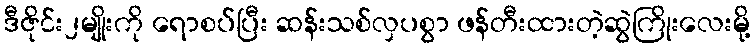
ဒီဇိုင်း၂မျိုးကို ရောစပ်ပြီး ဆန်းသစ်လှပစွာ ဖန်တီးထားတဲ့ဆွဲကြိုးလေးမို့